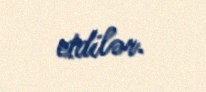
etdilər.